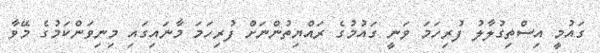
ގައުމީ އިސްތިގުލާލު ފުރިހަމަ ވަނީ ގައުމުގެ ރައްޔިތުންނަށް ފުރިހަމަ މާނައިގައި މިނިވަންކަމުގެ މޭވާ